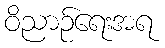
ဝိညာဉ်ရေးအရ